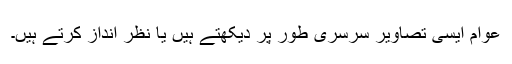
عوام ایسی تصاویر سرسری طور پر دیکھتے ہیں یا نظر انداز کرتے ہیں۔